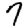
Digit: 7